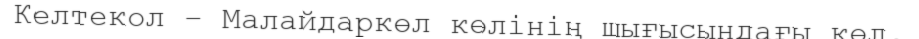
Келтекол – Малайдаркөл көлінің шығысындағы көл.